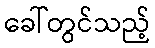
ခေါ်တွင်သည့်